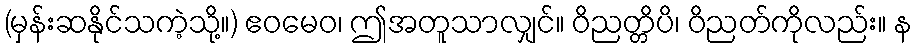
(မှန်းဆနိုင်သကဲ့သို့။) ဧဝမေဝ၊ ဤအတူသာလျှင်။ ဝိညတ္တိပိ၊ ဝိညတ်ကိုလည်း။ န